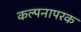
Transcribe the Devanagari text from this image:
कल्पनापरक